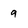
Character: a